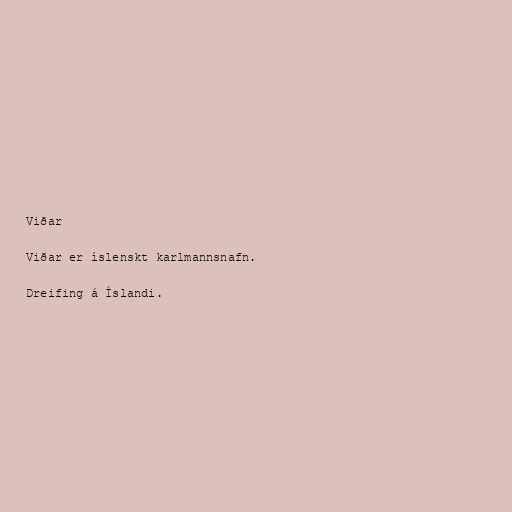
Viðar

Viðar er íslenskt karlmannsnafn.

Dreifing á Íslandi.